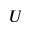
U